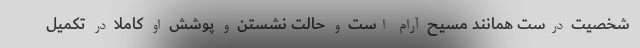
شخصیت درست همانند مسیح آرام است و حالت نشستن و پوشش او کاملا در تکمیل